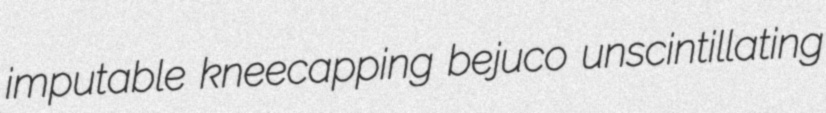
imputable kneecapping bejuco unscintillating